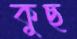
কুছ